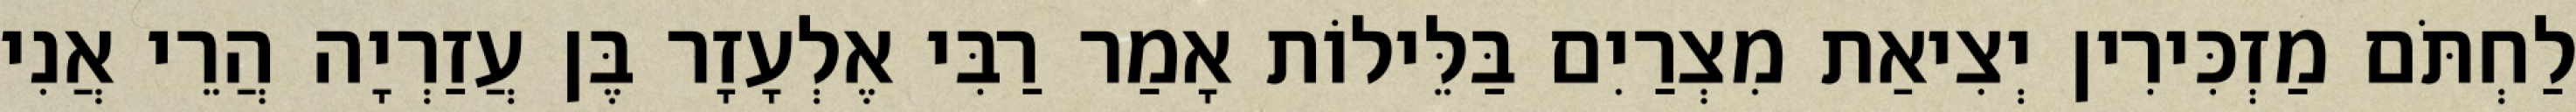
לַחְתֹּם מַזְכִּירִין יְצִיאַת מִצְרַיִם בַּלֵּילוֹת אָמַר רַבִּי אֶלְעָזָר בֶּן עֲזַרְיָה הֲרֵי אֲנִי